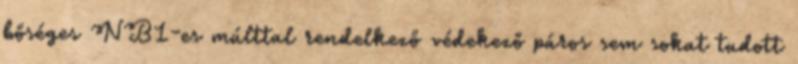
bőséges NB1-es múlttal rendelkező védekező páros sem sokat tudott